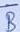
Text: B